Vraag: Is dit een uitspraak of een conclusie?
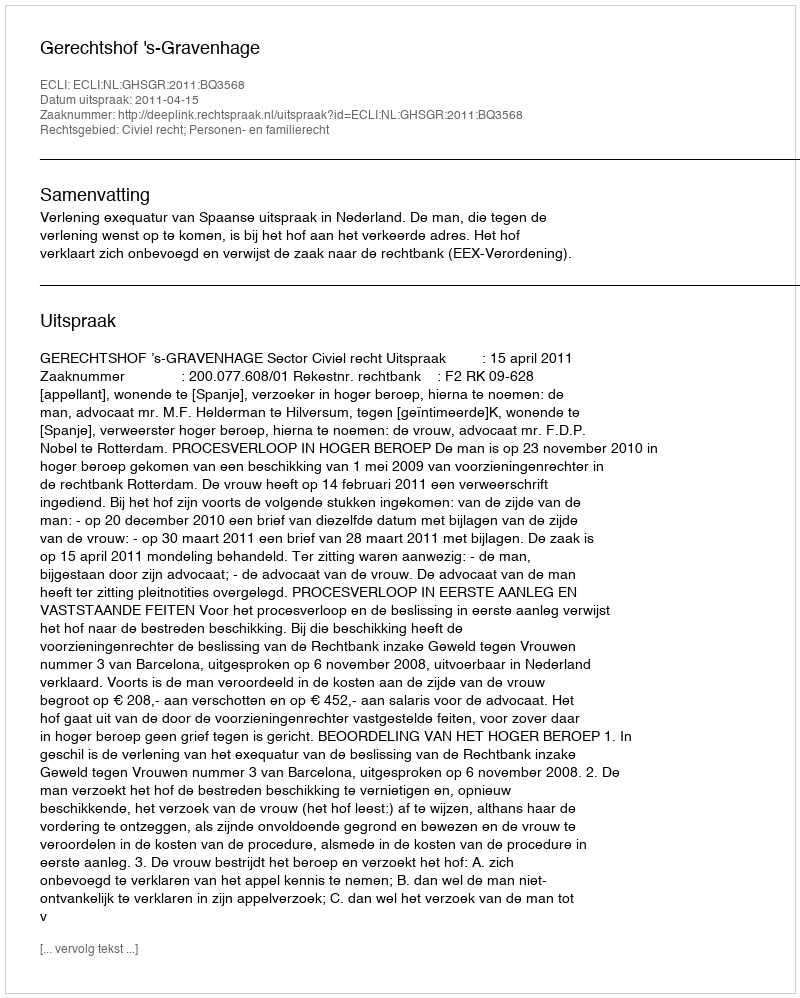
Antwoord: Uitspraak